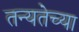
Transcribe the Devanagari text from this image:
तन्यतेच्या